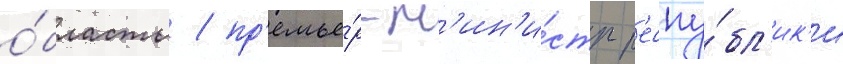
о́бласть / пр'емье́р-м'ин'и́стр р'еспу́бл'ик'и